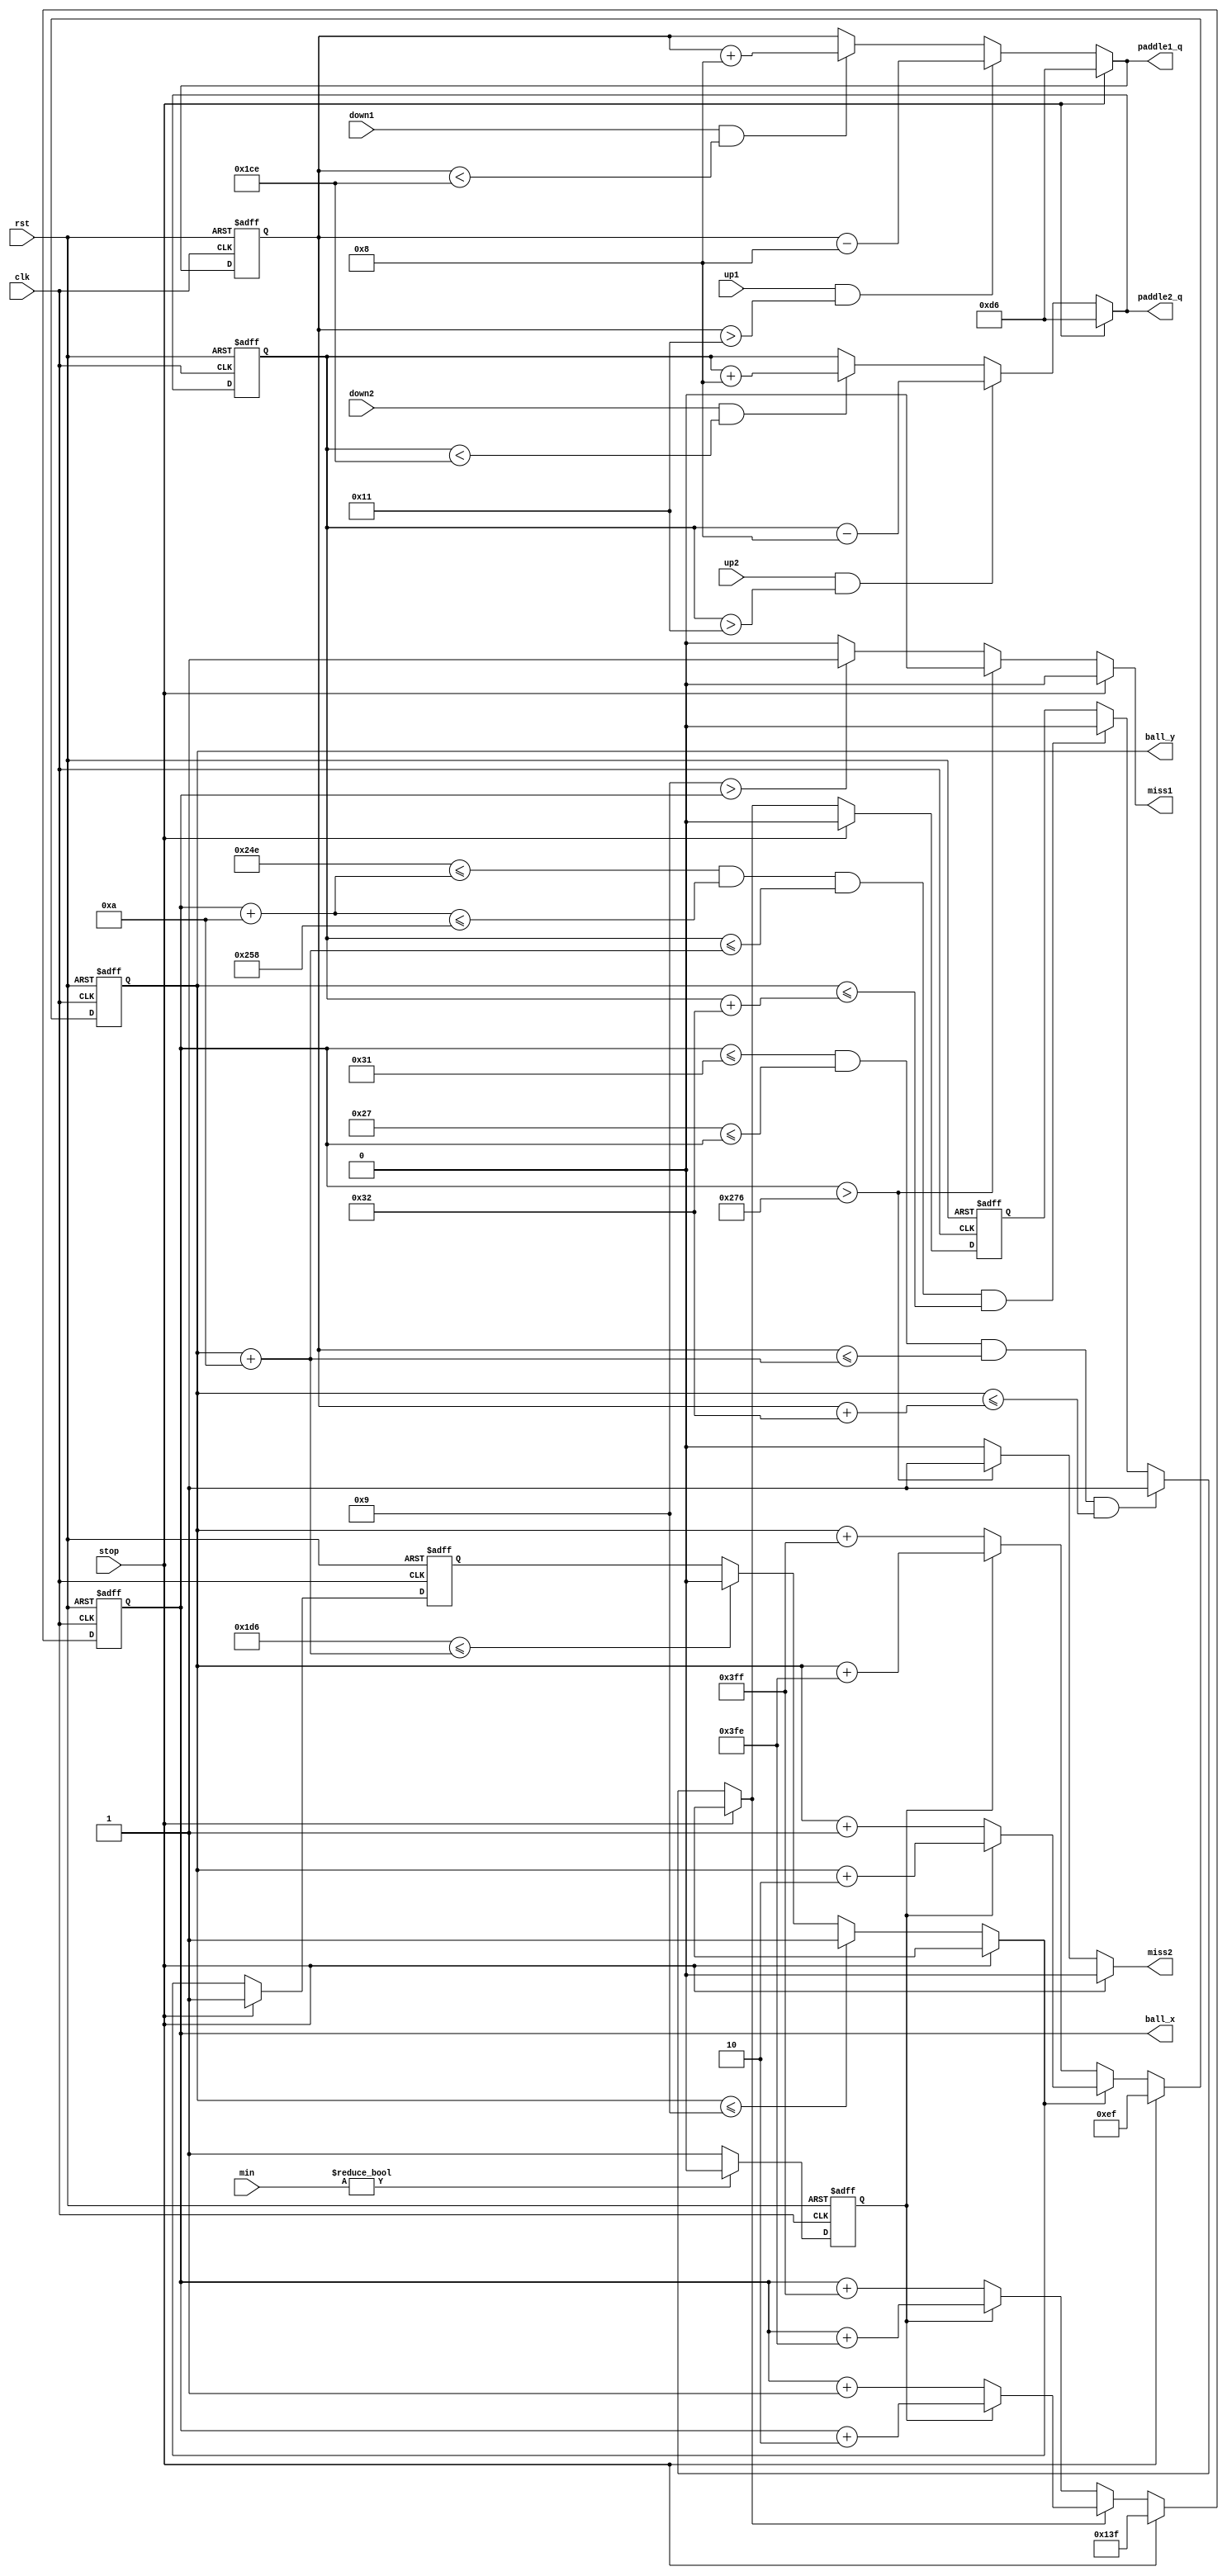
/***********************************************************************************************************************
inputpaddleoutput ballpaddle
  -----
 | Info |
  -----
paddle  10  50 
ball  10 
  -----
 | Note |
  -----
 640x480 X  0  639
 640x480 Y  0  479
ROM --> Read Only Memory
q --> current status  d --> next second status
************************************************************************************************************************/

module state_machine(
    input  clk,
    input  rst,
    input  stop,
    input  up1,
    input  up2,
    input  down1,
    input  down2,
    input  [3:0]min,    // 
    output [9:0] ball_x,
    output [9:0] ball_y,
    output [9:0] paddle1_q, //paddle1yx 
    output [9:0] paddle2_q, //paddle2yx 
    output reg miss1,   // player1 misses  
    output reg miss2   // player2 misses
);


parameter  // X coordinate
            paddle1_L = 39,
            paddle1_R = 49,
            paddle2_L = 590,
            paddle2_R = 600,
            // size 
            paddle_length = 50,
            ball_side_length = 10,
            //velocity
            PADDLE_VELOCITY = 8,
            // Border (wall thick = 10)
            X_RIGHT_BOUNDARY = 630, 
            X_LEFT_BOUNDARY = 9,
            Y_BTM_BOUNDARY = 470,
            Y_TOP_BOUNDARY = 9;
parameter BALL_VELOCITY_POS = 1;  // down, rihgt
parameter BALL_VELOCITY_NEG = -1; // up, left
parameter BALL_VELOCITY_ACC_POS = 2;
parameter BALL_VELOCITY_ACC_NEG = -2;
reg [9:0] paddle1_top_q, paddle1_top_d; 
reg [9:0] paddle2_top_q, paddle2_top_d; 
reg [9:0] ball_x_q, ball_y_q, ball_x_d, ball_y_d;
reg ball_xdelta_q, ball_xdelta_d; // 1 --> bounce from left
reg ball_ydelta_q, ball_ydelta_d; // 0 --> bounce from right
reg ACC;

//  register 
always @(posedge clk, negedge rst)
begin
  if(!rst)
  begin
    paddle1_top_q <= 214;
    paddle2_top_q <= 214;
    ball_x_q <= 280;
    ball_y_q <= 280;
    ball_xdelta_q <= 0;
    ball_ydelta_q <= 0;
	 ACC <= 0;
  end
  else
  begin
    paddle1_top_q <= paddle1_top_d;
    paddle2_top_q <= paddle2_top_d;
    ball_x_q<=ball_x_d;
    ball_y_q<=ball_y_d;
    ball_xdelta_q<=ball_xdelta_d;
    ball_ydelta_q<=ball_ydelta_d;
	 if(min != 0)
		  ACC <= 0;
	 else
		  ACC <= 1;
  end
end

// ball movement & miss judger
always @(*) 
begin
  paddle1_top_d = paddle1_top_q;
  paddle2_top_d = paddle2_top_q;
  ball_x_d = ball_x_q;
  ball_y_d = ball_y_q;
  ball_xdelta_d = ball_xdelta_q;
  ball_ydelta_d = ball_ydelta_q;
  miss1 = 0;
  miss2 = 0;
  
  if(stop)
  begin
    ball_x_d = 319; //ball @ center of screen
    ball_y_d = 239; //ball @ center of screen
    ball_xdelta_d = 0;
    ball_ydelta_d = 1;
    paddle1_top_d = 214; //bar @ center
    paddle2_top_d = 214; //bar @ center
  end
  else 
  begin
		
    // paddle 1 
    if (up1 && paddle1_top_q > Y_TOP_BOUNDARY + PADDLE_VELOCITY)
      paddle1_top_d = paddle1_top_q - PADDLE_VELOCITY;

    else if (down1 && paddle1_top_q < (Y_BTM_BOUNDARY - PADDLE_VELOCITY))
      paddle1_top_d = paddle1_top_q + PADDLE_VELOCITY;
	 else 
		paddle1_top_d = paddle1_top_d;

    // paddle 2
    if (up2 && paddle2_top_q > Y_TOP_BOUNDARY + PADDLE_VELOCITY)
      paddle2_top_d = paddle2_top_q - PADDLE_VELOCITY;

    else if (down2 && paddle2_top_q < (Y_BTM_BOUNDARY - PADDLE_VELOCITY))
      paddle2_top_d = paddle2_top_q + PADDLE_VELOCITY;
	 else 
		paddle2_top_d = paddle2_top_d;

    // bounce from paddle1 (left)
    if( ball_x_q <= paddle1_R && 
        paddle1_L <= ball_x_q && 
        paddle1_top_q <= (ball_y_q + ball_side_length) && 
        ball_y_q <= (paddle1_top_q + paddle_length)) 

        ball_xdelta_d = 1;  
			

    // bounce from paddle2 (right)
		else if( (paddle2_L <= (ball_x_q + ball_side_length) &&
             ((ball_x_q + ball_side_length) <= paddle2_R) &&
             paddle2_top_q <= (ball_y_q + ball_side_length)) && 
             ball_y_q <= (paddle2_top_q + paddle_length) )

          ball_xdelta_d = 0; 
	   else
		    ball_xdelta_d = ball_xdelta_d;

    // bounce from top
		if(ball_y_q <= Y_TOP_BOUNDARY) 
      ball_ydelta_d = 1; 

    // bounce from bottom
		else if(Y_BTM_BOUNDARY <= (ball_y_q + ball_side_length)) 
      ball_ydelta_d = 0; 
	   
		else
		   ball_ydelta_d = ball_ydelta_d;

    // player miss Determination
    if(ball_x_d > X_RIGHT_BOUNDARY)begin 
        miss2 = 1;
		  miss1 = 0;
//		  ball_xdelta_d = 1;
//		  ball_ydelta_d = 1;
		  end
	 else if(X_LEFT_BOUNDARY > ball_x_d)begin
		  miss1 = 1;
		  miss2 = 0;
//		  ball_xdelta_d = 1;
//		  ball_ydelta_d = 0;
		  end
    
    //  ball position
    ball_x_d = ball_xdelta_d ? (ACC ? ball_x_q + BALL_VELOCITY_ACC_POS : ball_x_q + BALL_VELOCITY_POS) : (ACC ? ball_x_q + BALL_VELOCITY_ACC_NEG : ball_x_q + BALL_VELOCITY_NEG);
    ball_y_d = ball_ydelta_d ? (ACC ? ball_y_q + BALL_VELOCITY_ACC_POS : ball_y_q + BALL_VELOCITY_POS) : (ACC ? ball_y_q + BALL_VELOCITY_ACC_NEG : ball_y_q + BALL_VELOCITY_NEG);

    
  end
end

// velocity adjust
//always @(posedge clk)
//begin
//	if(!rst)
//	begin
//		BALL_VELOCITY_POS = 1;
//		BALL_VELOCITY_NEG = -1;
//		
//	end
//	else
//	begin
//		if(score1_counter == 3 || score2_counter == 3)
//		begin
//			BALL_VELOCITY_NEG = BALL_VELOCITY_NEG - 1;
//			BALL_VELOCITY_POS = BALL_VELOCITY_POS + 1;
//		end
//	end	
//end

// 
assign paddle1_q = paddle1_top_d;
assign paddle2_q = paddle2_top_d;
assign ball_x = ball_x_q;
assign ball_y = ball_y_q;


endmodule